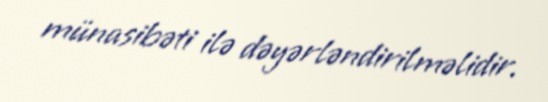
münasibəti ilə dəyərləndirilməlidir.